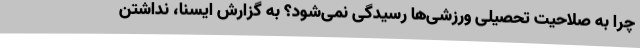
چرا به صلاحیت تحصیلی ورزشی‌ها رسیدگی نمی‌شود؟ به گزارش ایسنا، نداشتن